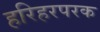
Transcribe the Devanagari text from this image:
हरिहरपरक